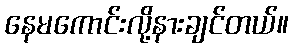
နေမကောင်းလို့နားချင်တယ်။